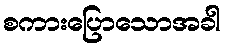
စကားပြောသောအခါ